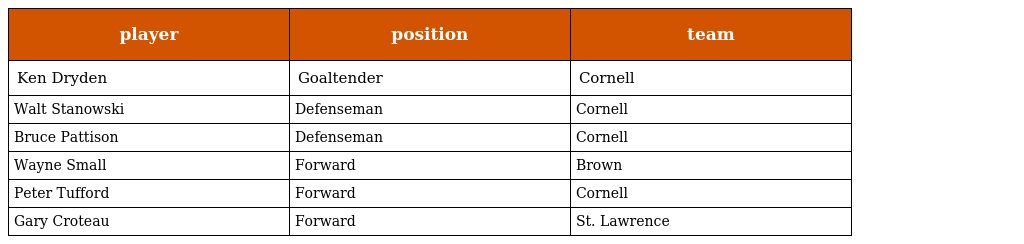
| player | position | team |
 | --- | --- | --- |
 | Ken Dryden | Goaltender | Cornell |
 | Walt Stanowski | Defenseman | Cornell |
 | Bruce Pattison | Defenseman | Cornell |
 | Wayne Small | Forward | Brown |
 | Peter Tufford | Forward | Cornell |
 | Gary Croteau | Forward | St. Lawrence |